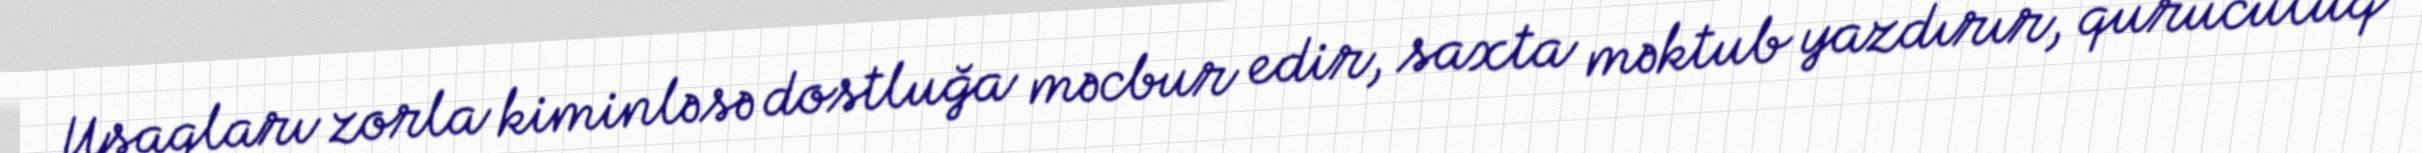
Uşaqları zorla kiminləsə dostluğa məcbur edir, saxta məktub yazdırır, quruculuq